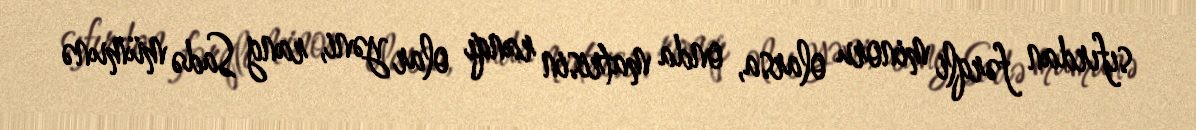
sıfırdan fərqli minoru olarsa, onda matrisin ranqı olar yəni, rang Sadə mümunə